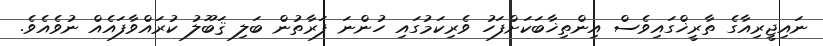
ނައިޖީރިއާގެ ތާރީޚްގައިވެސް އިންތިޚާބަކަށްފަހު ވެރިކަމުގައި ހުންނަ ފަރާތުން ބަލި ޤަބޫލު ކުރައްވާފައެއް ނުވެއެވެ.